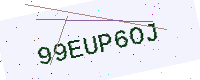
Text: 99EUP6OJ